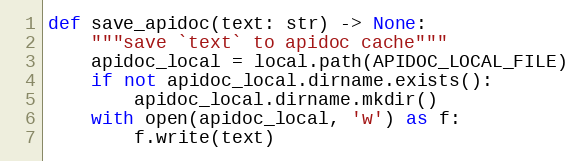
Language: Python
def save_apidoc(text: str) -> None:
    """save `text` to apidoc cache"""
    apidoc_local = local.path(APIDOC_LOCAL_FILE)
    if not apidoc_local.dirname.exists():
        apidoc_local.dirname.mkdir()
    with open(apidoc_local, 'w') as f:
        f.write(text)